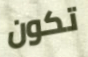
تكون